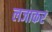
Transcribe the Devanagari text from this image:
लजाकर